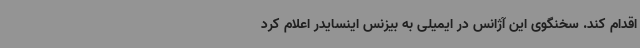
اقدام کند. سخنگوی این آژانس در ایمیلی به بیزنس اینسایدر اعلام کرد